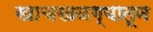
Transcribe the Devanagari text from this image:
खाचखळग्यातून